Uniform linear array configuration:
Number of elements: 8
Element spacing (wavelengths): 1
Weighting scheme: hamming
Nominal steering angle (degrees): -45
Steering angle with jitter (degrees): -43.729
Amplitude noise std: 0.05
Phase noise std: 0.05

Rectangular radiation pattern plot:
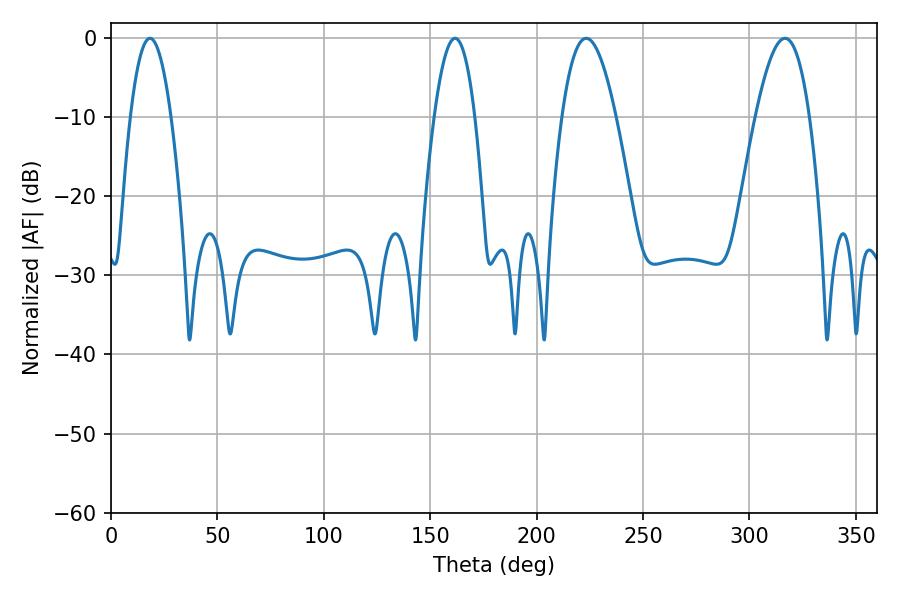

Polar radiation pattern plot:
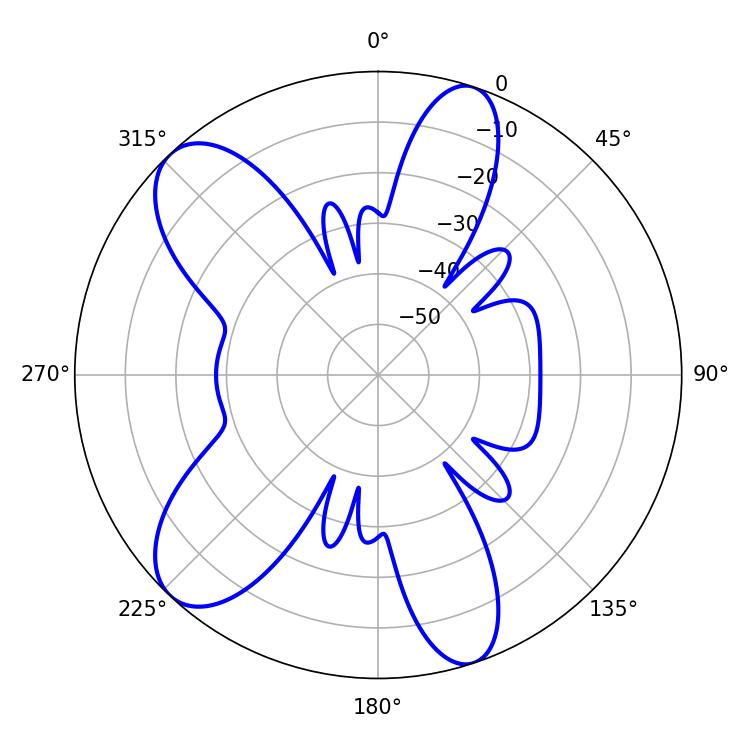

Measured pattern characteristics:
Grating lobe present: TRUE
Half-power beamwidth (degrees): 10.44
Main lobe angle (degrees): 18.36